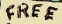
FREE